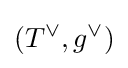
(T^{\vee },g^{\vee })